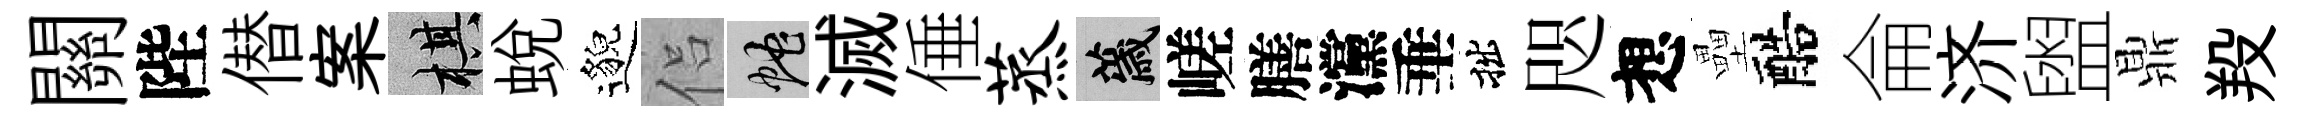
關陛僣案棋蛻邈侣蛇滅倕蒸薉嵯膳灙垂拙咫想壘醅侖济盥鼎羖